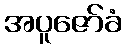
အပူဇော်ခံ